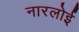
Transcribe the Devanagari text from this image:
नारलोई